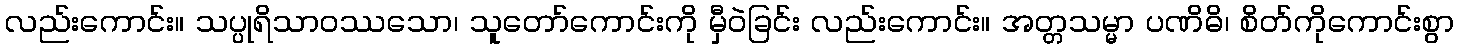
လည်းကောင်း။ သပ္ပုရိသာဝဿသော၊ သူတော်ကောင်းကို မှီဝဲခြင်း လည်းကောင်း။ အတ္တသမ္မာ ပဏိဓိ၊ စိတ်ကိုကောင်းစွာ